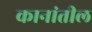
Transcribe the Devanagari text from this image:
कानांतील